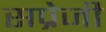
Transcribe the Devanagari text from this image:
सप्रेजी